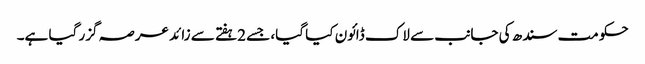
حکومت سندھ کی جانب سے لاک ڈائون کیا گیا، جسے 2ہفتے سے زائد عرصہ گزر گیا ہے۔